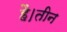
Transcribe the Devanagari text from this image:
है।तीन